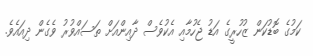
ކަމުގެ ބޮޑުކަން ޒުހުރީގެ އަޑު ޖެހުމާއި އެކުވެސް ދާއިންއަށް ތަސައްވުރު ވެގެން ދިއައެވެ.